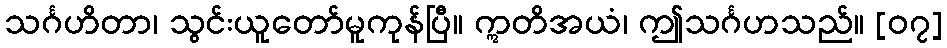
သင်္ဂဟိတာ၊ သွင်းယူတော်မူကုန်ပြီ။ ဣတိအယံ၊ ဤသင်္ဂဟသည်။ [၀၇]